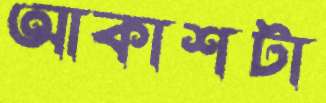
আকাশটা